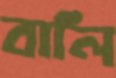
বালি